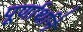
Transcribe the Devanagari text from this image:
पूर्णार्थाने